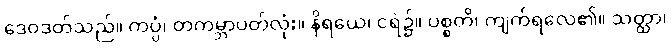
ဒေဝဒတ်သည်။ ကပ္ပံ၊ တကမ္ဘာပတ်လုံး။ နိရယေ၊ ငရဲ၌။ ပစ္စတိ၊ ကျက်ရလေ၏။ သတ္ထာ၊